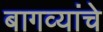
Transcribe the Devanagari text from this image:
बागव्यांचे